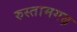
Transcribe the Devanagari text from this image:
रुस्तामगढ़